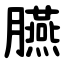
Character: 臙